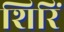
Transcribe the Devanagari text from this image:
शिरिं